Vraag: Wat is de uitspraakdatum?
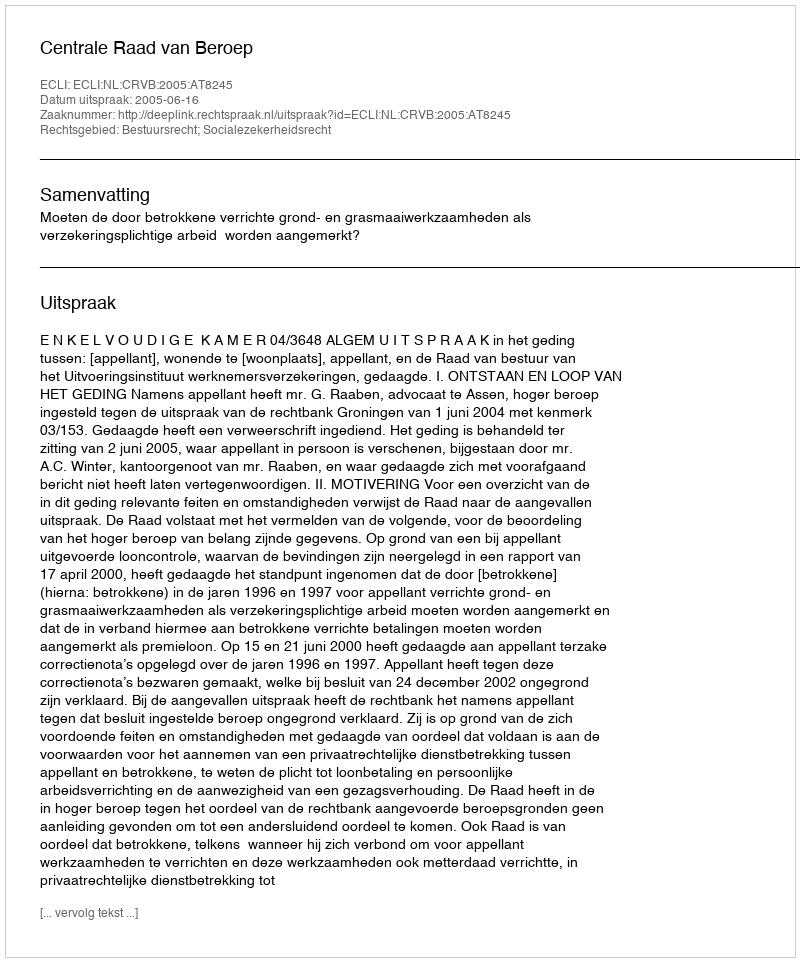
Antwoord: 2005-06-16